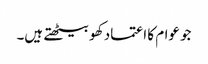
جو عوام کا اعتماد کھو بیٹھتے ہیں۔